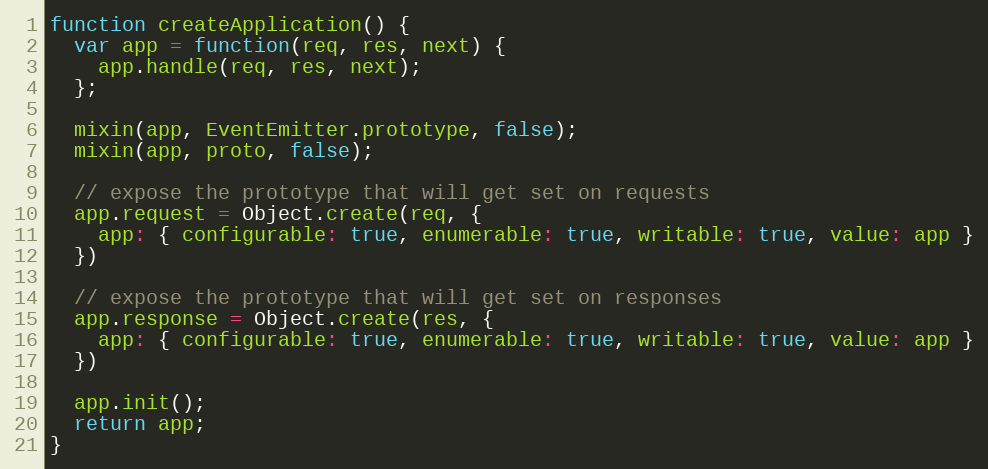
Language: JavaScript
function createApplication() {
  var app = function(req, res, next) {
    app.handle(req, res, next);
  };

  mixin(app, EventEmitter.prototype, false);
  mixin(app, proto, false);

  // expose the prototype that will get set on requests
  app.request = Object.create(req, {
    app: { configurable: true, enumerable: true, writable: true, value: app }
  })

  // expose the prototype that will get set on responses
  app.response = Object.create(res, {
    app: { configurable: true, enumerable: true, writable: true, value: app }
  })

  app.init();
  return app;
}